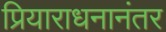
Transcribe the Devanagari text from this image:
प्रियाराधनानंतर